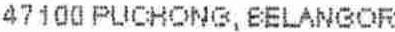
47100 PUCHONG, BELANGOR